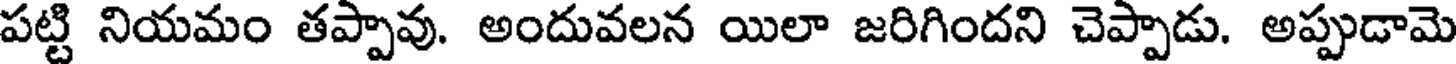
పట్టి నియమం తప్పావు. అందువలన యిలా జరిగిందని చెప్పాడు. అప్పుడామె